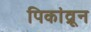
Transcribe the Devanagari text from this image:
पिकांव्रून